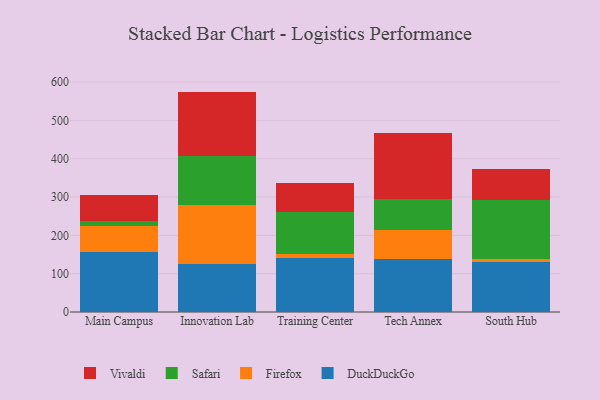
{"axis": {"x": "Campus", "y": "Headcount"}, "legend": ["DuckDuckGo", "Firefox", "Safari", "Vivaldi"], "data": [{"x": "Main Campus", "y": 155.4, "type": "DuckDuckGo"}, {"x": "Main Campus", "y": 68.8, "type": "Firefox"}, {"x": "Main Campus", "y": 13.3, "type": "Safari"}, {"x": "Main Campus", "y": 68.5, "type": "Vivaldi"}, {"x": "Innovation Lab", "y": 125.2, "type": "DuckDuckGo"}, {"x": "Innovation Lab", "y": 153.4, "type": "Firefox"}, {"x": "Innovation Lab", "y": 129.4, "type": "Safari"}, {"x": "Innovation Lab", "y": 167.3, "type": "Vivaldi"}, {"x": "Training Center", "y": 141.6, "type": "DuckDuckGo"}, {"x": "Training Center", "y": 10.3, "type": "Firefox"}, {"x": "Training Center", "y": 108.4, "type": "Safari"}, {"x": "Training Center", "y": 77.6, "type": "Vivaldi"}, {"x": "Tech Annex", "y": 138.7, "type": "DuckDuckGo"}, {"x": "Tech Annex", "y": 76.5, "type": "Firefox"}, {"x": "Tech Annex", "y": 80.9, "type": "Safari"}, {"x": "Tech Annex", "y": 170.9, "type": "Vivaldi"}, {"x": "South Hub", "y": 130.4, "type": "DuckDuckGo"}, {"x": "South Hub", "y": 8.0, "type": "Firefox"}, {"x": "South Hub", "y": 154.6, "type": "Safari"}, {"x": "South Hub", "y": 80.0, "type": "Vivaldi"}]}